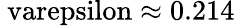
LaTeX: \mathrm{\ varepsilon\approx 0.214}